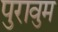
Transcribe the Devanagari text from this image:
पुरावुम